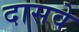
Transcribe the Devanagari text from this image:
दासवे